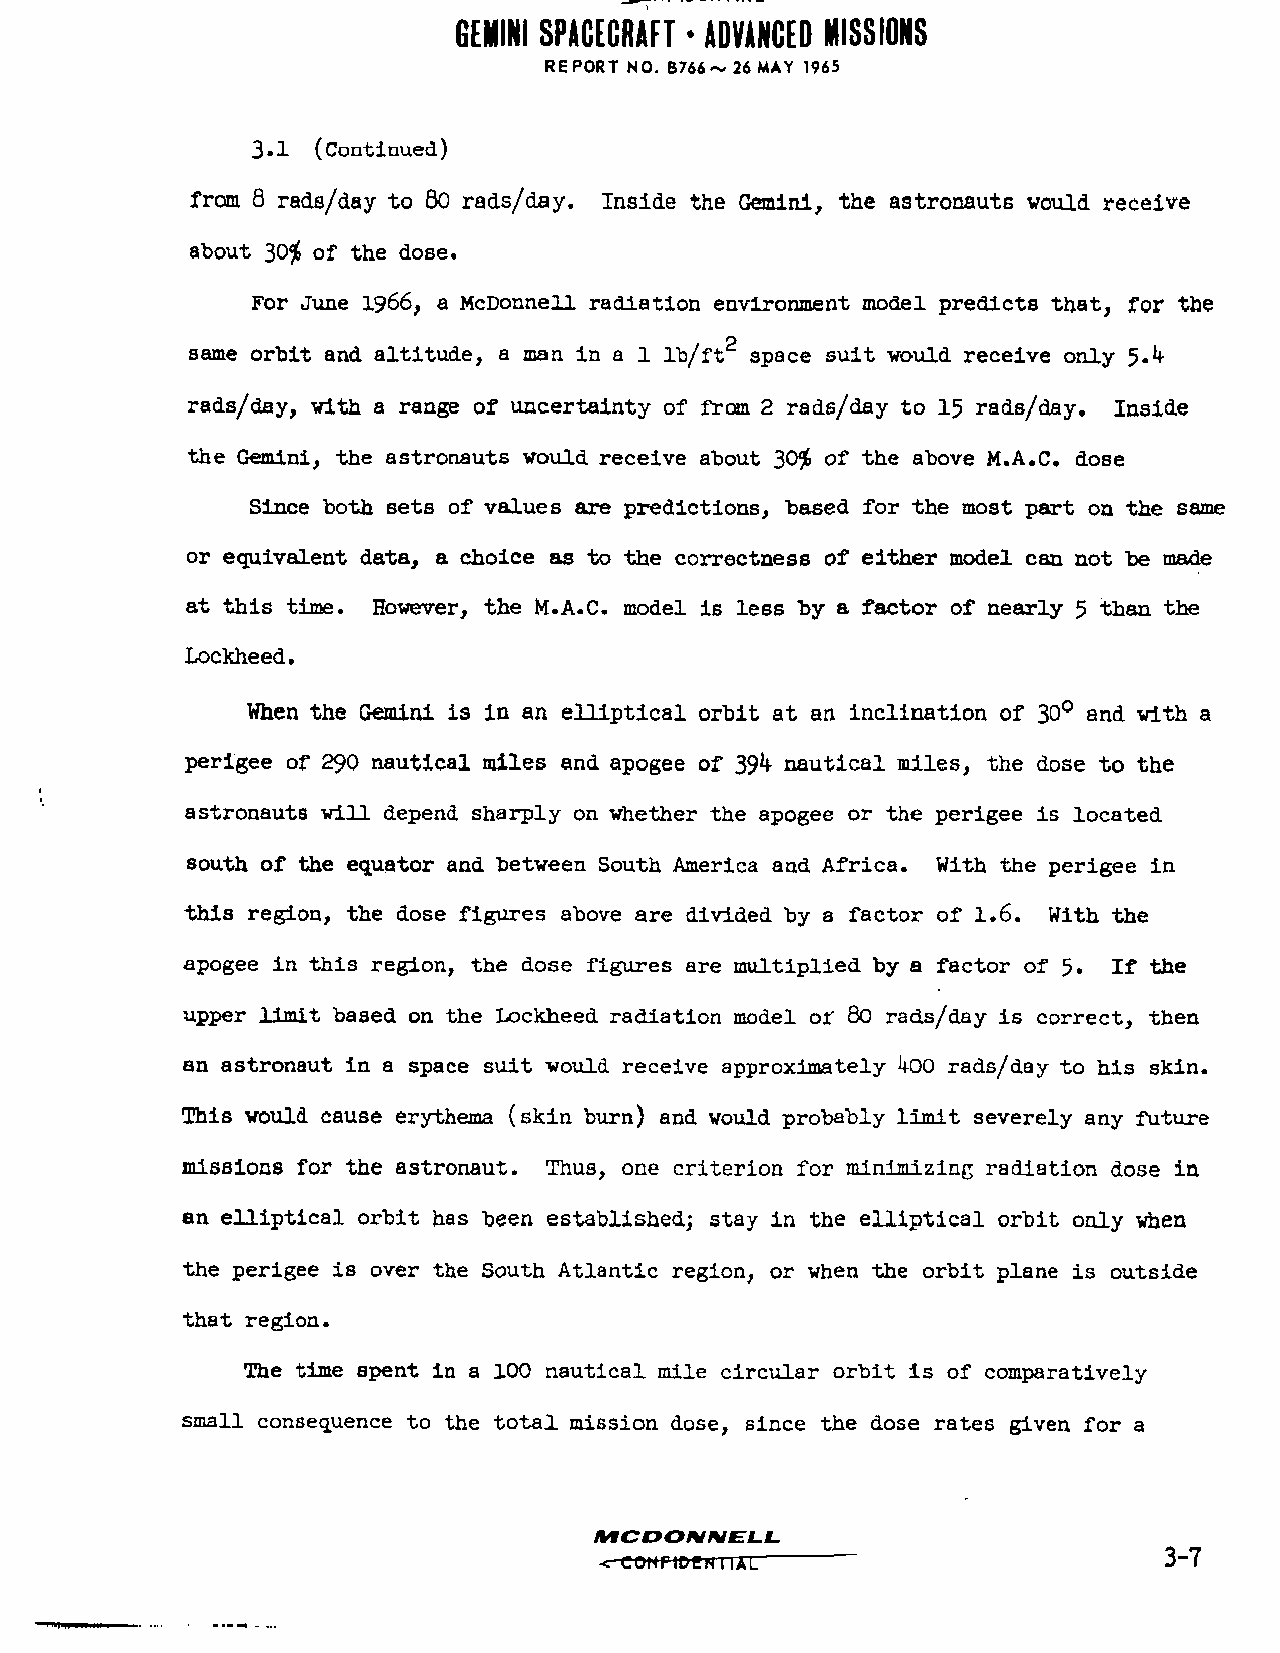
GEMINI SPACECRAFT * ADVANCED MISSIONS
 REPORT NO. B766-- 26 MAY 1965
 3.1 (Continued)
 from 8 rads/day to 80 rads/day. Inside the Gemini, the astronauts would receive
 about 30$ of the dose.
 For June 1966, a McDonnell radiation environment model predicts that, for the
 same orbit and altitude, a man in a 1 lb/ft space suit would receive only 5.k
 rads/day, with a range of uncertainty of from 2 rad8/day to 15 rads/day. Inside
 the Gemini, the astronauts would receive about 30$ of the above M.A.C. dose
 Since both sets of values are predictions, based for the most part on the same
 or equivalent data, a choice as to the correctness of either model can not be made
 at this time. However, the M.A.C. model is less by a factor of nearly 5 than the
 Lockheed.
 When the Gemini is in an elliptical orbit at an inclination of 30° and with a
 perigee of 290 nautical miles and apogee of 39^ nautical miles, the dose to the
 astronauts will depend sharply on whether the apogee or the perigee is located
 south of the equator and between South America and Africa. With the perigee in
 this region, the dose figures above are divided by a factor of 1.6. With the
 apogee in this region, the dose figures are multiplied by a factor of 5. If the
 upper limit based on the Lockheed radiation model of 80 rads/day is correct, then
 an astronaut in a space suit would receive approximately 400 rads/day to his skin.
 This would cause erythema (skin burn) and would probably limit severely any future
 missions for the astronaut. Thus, one criterion for minimi zing radiation dose in
 an elliptical orbit has been established; stay in the elliptical orbit only when
 the perigee is over the South Atlantic region, or when the orbit plane is outside
 that region.
 The time spent in a 100 nautical mile circular orbit is of comparatively
 small consequence to the total mission dose, since the dose rates given for a
 MCDOMMEL    L.